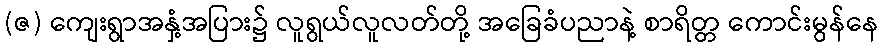
(ဇ) ကျေးရွာအနှံ့အပြား၌ လူရွယ်လူလတ်တို့ အခြေခံပညာနဲ့ စာရိတ္တ ကောင်းမွန်နေ